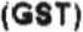
(GST)